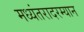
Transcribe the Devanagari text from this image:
मध्यंतरादरम्यान